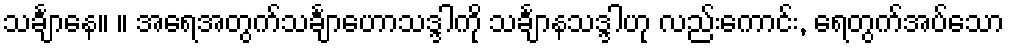
သင်္ချာနေ။ ။ အရေအတွက်သင်္ချာဟောသဒ္ဒါကို သင်္ချာနသဒ္ဒါဟု လည်းကောင်း, ရေတွက်အပ်သော